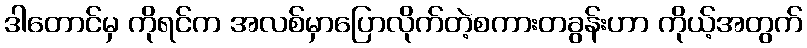
ဒါတောင်မှ ကိုရင်က အလစ်မှာပြောလိုက်တဲ့စကားတခွန်းဟာ ကိုယ့်အတွက်